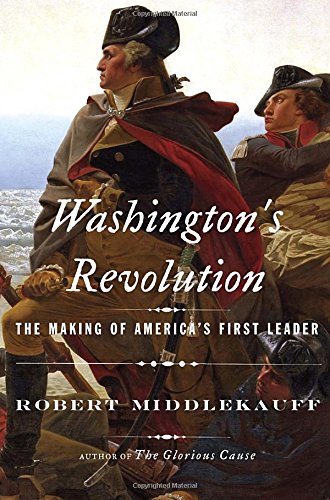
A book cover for Washington's Revolution: The Making of America's First Leader; Robert Middlekauff; History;